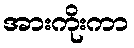
အားကိုးကာ